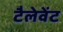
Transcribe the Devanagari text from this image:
टैलेवेंट